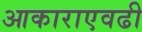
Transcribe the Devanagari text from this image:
आकाराएवढी